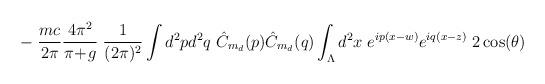
LaTeX: \begin{align*}- \; \frac{mc}{2\pi} \frac{4 \pi^2}{\pi\!+\!g} \; \frac{1}{(2\pi)^2}\int d^2p d^2q \; \hat{C}_{m_d}(p) \hat{C}_{m_d}(q)\int_\Lambda d^2 x \; e^{ip(x-w)}e^{iq(x-z)}\; 2 \cos(\theta)\end{align*}